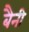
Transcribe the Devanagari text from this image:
बैनी